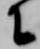
に